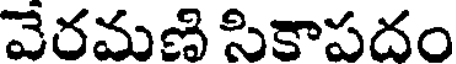
వేరమణి సికాపదం